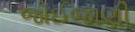
જોઈજાણી